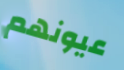
عيونهم